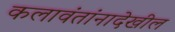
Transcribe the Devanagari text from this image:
कलावंतांनादेखील